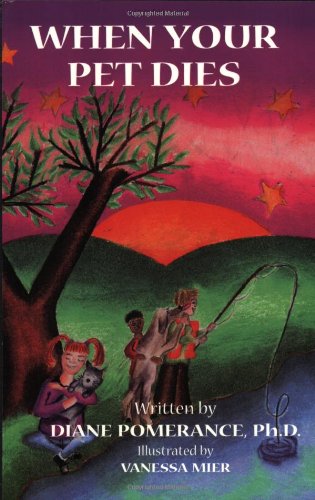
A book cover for When Your Pet Dies; Diane Pomerance; Crafts, Hobbies & Home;